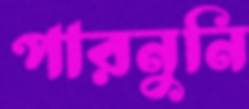
পারনুনি